Vaccination in Bombay 1924-1928 - 1924-1928
Year: 1924
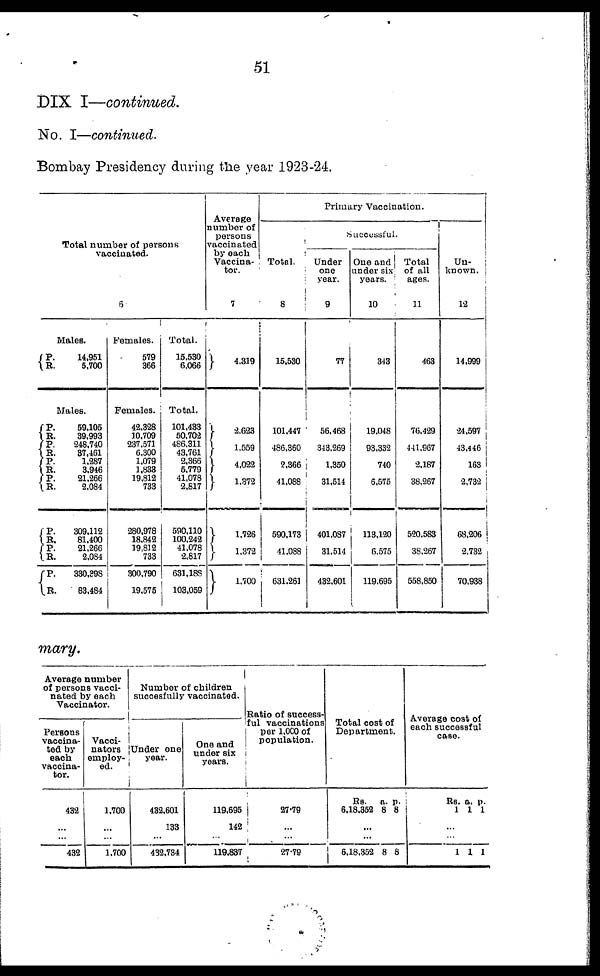
51
DIX I—continued.
No. I—continued.
Bombay Presidency during the year 1923-24.
Total number of persons
vaccinated.
6
Males.
P.
R.
14,951
5,700
Males.
P.
R.
P.
R.
P.
R.
P.
R.
P.
R.
P.
R.
P.
R.
59,105
39,993
248,740
37,461
1,287
3,946
21,266
2,084
309,112
81,400
21,266
2,084
330,398
83,484
Females.
579
366
Females.
42,328
10,709
237,571
6,300
1,079
1,833
19,812
733
280,978
18,842
19,812
733
300,790
19,575
Total.
15,530
6,066
Total.
101,433
50,702
486,311
43,761
2,366
5,779
41,078
2,817
590,110
100,242
41,078
2,817
631,188
103,059
Average
number of
persons
vaccinated
by each
Vaccina¬
tor.
7
4,319
2,623
1,559
4,022
1,372
1,726
1,372
1,700
Primary Vaccination.
Total.
8
15,530
101,447
486,360
2,366
41,088
590,173
41,088
631,261
Successful.
Under
one
year.
9
77
56,468
343,269
1,350
31,514
401,087
31,514
432,601
One and
under six
years.
10
343
19,048
93,332
740
6,575
113,120
6,575
119,695
Total
of all
ages.
11
463
76,429
441,967
2,187
38,267
520,583
38,267
558,850
Un¬
known.
12
14,999
24,597
43,446
163
2,732
68,206
2,732
70,938
mary.
Average number
of persons vacci-
nated by each
Vaccinator.
Persons
vaccina-
ted by
each
vaccina-
tor.
432
...
...
432
Vacci¬
nators
employ¬
ed.
1,700
...
...
1,700
Number of children
succesfully vaccinated.
Under one
year.
432,601
133
...
432,734
One and
under six
years.
119,695
142
...
119,837
Ratio of success-
ful vaccinations
per 1,000 of
population.
27.79
...
...
27.79
Total cost of
Department.
Rs.
6,18,352
a.
8
p.
8
...
...
6,18,352 8 8
Average cost of
each successful
case.
Rs.
1
a.
1
p.
1
...
...
1 1 1